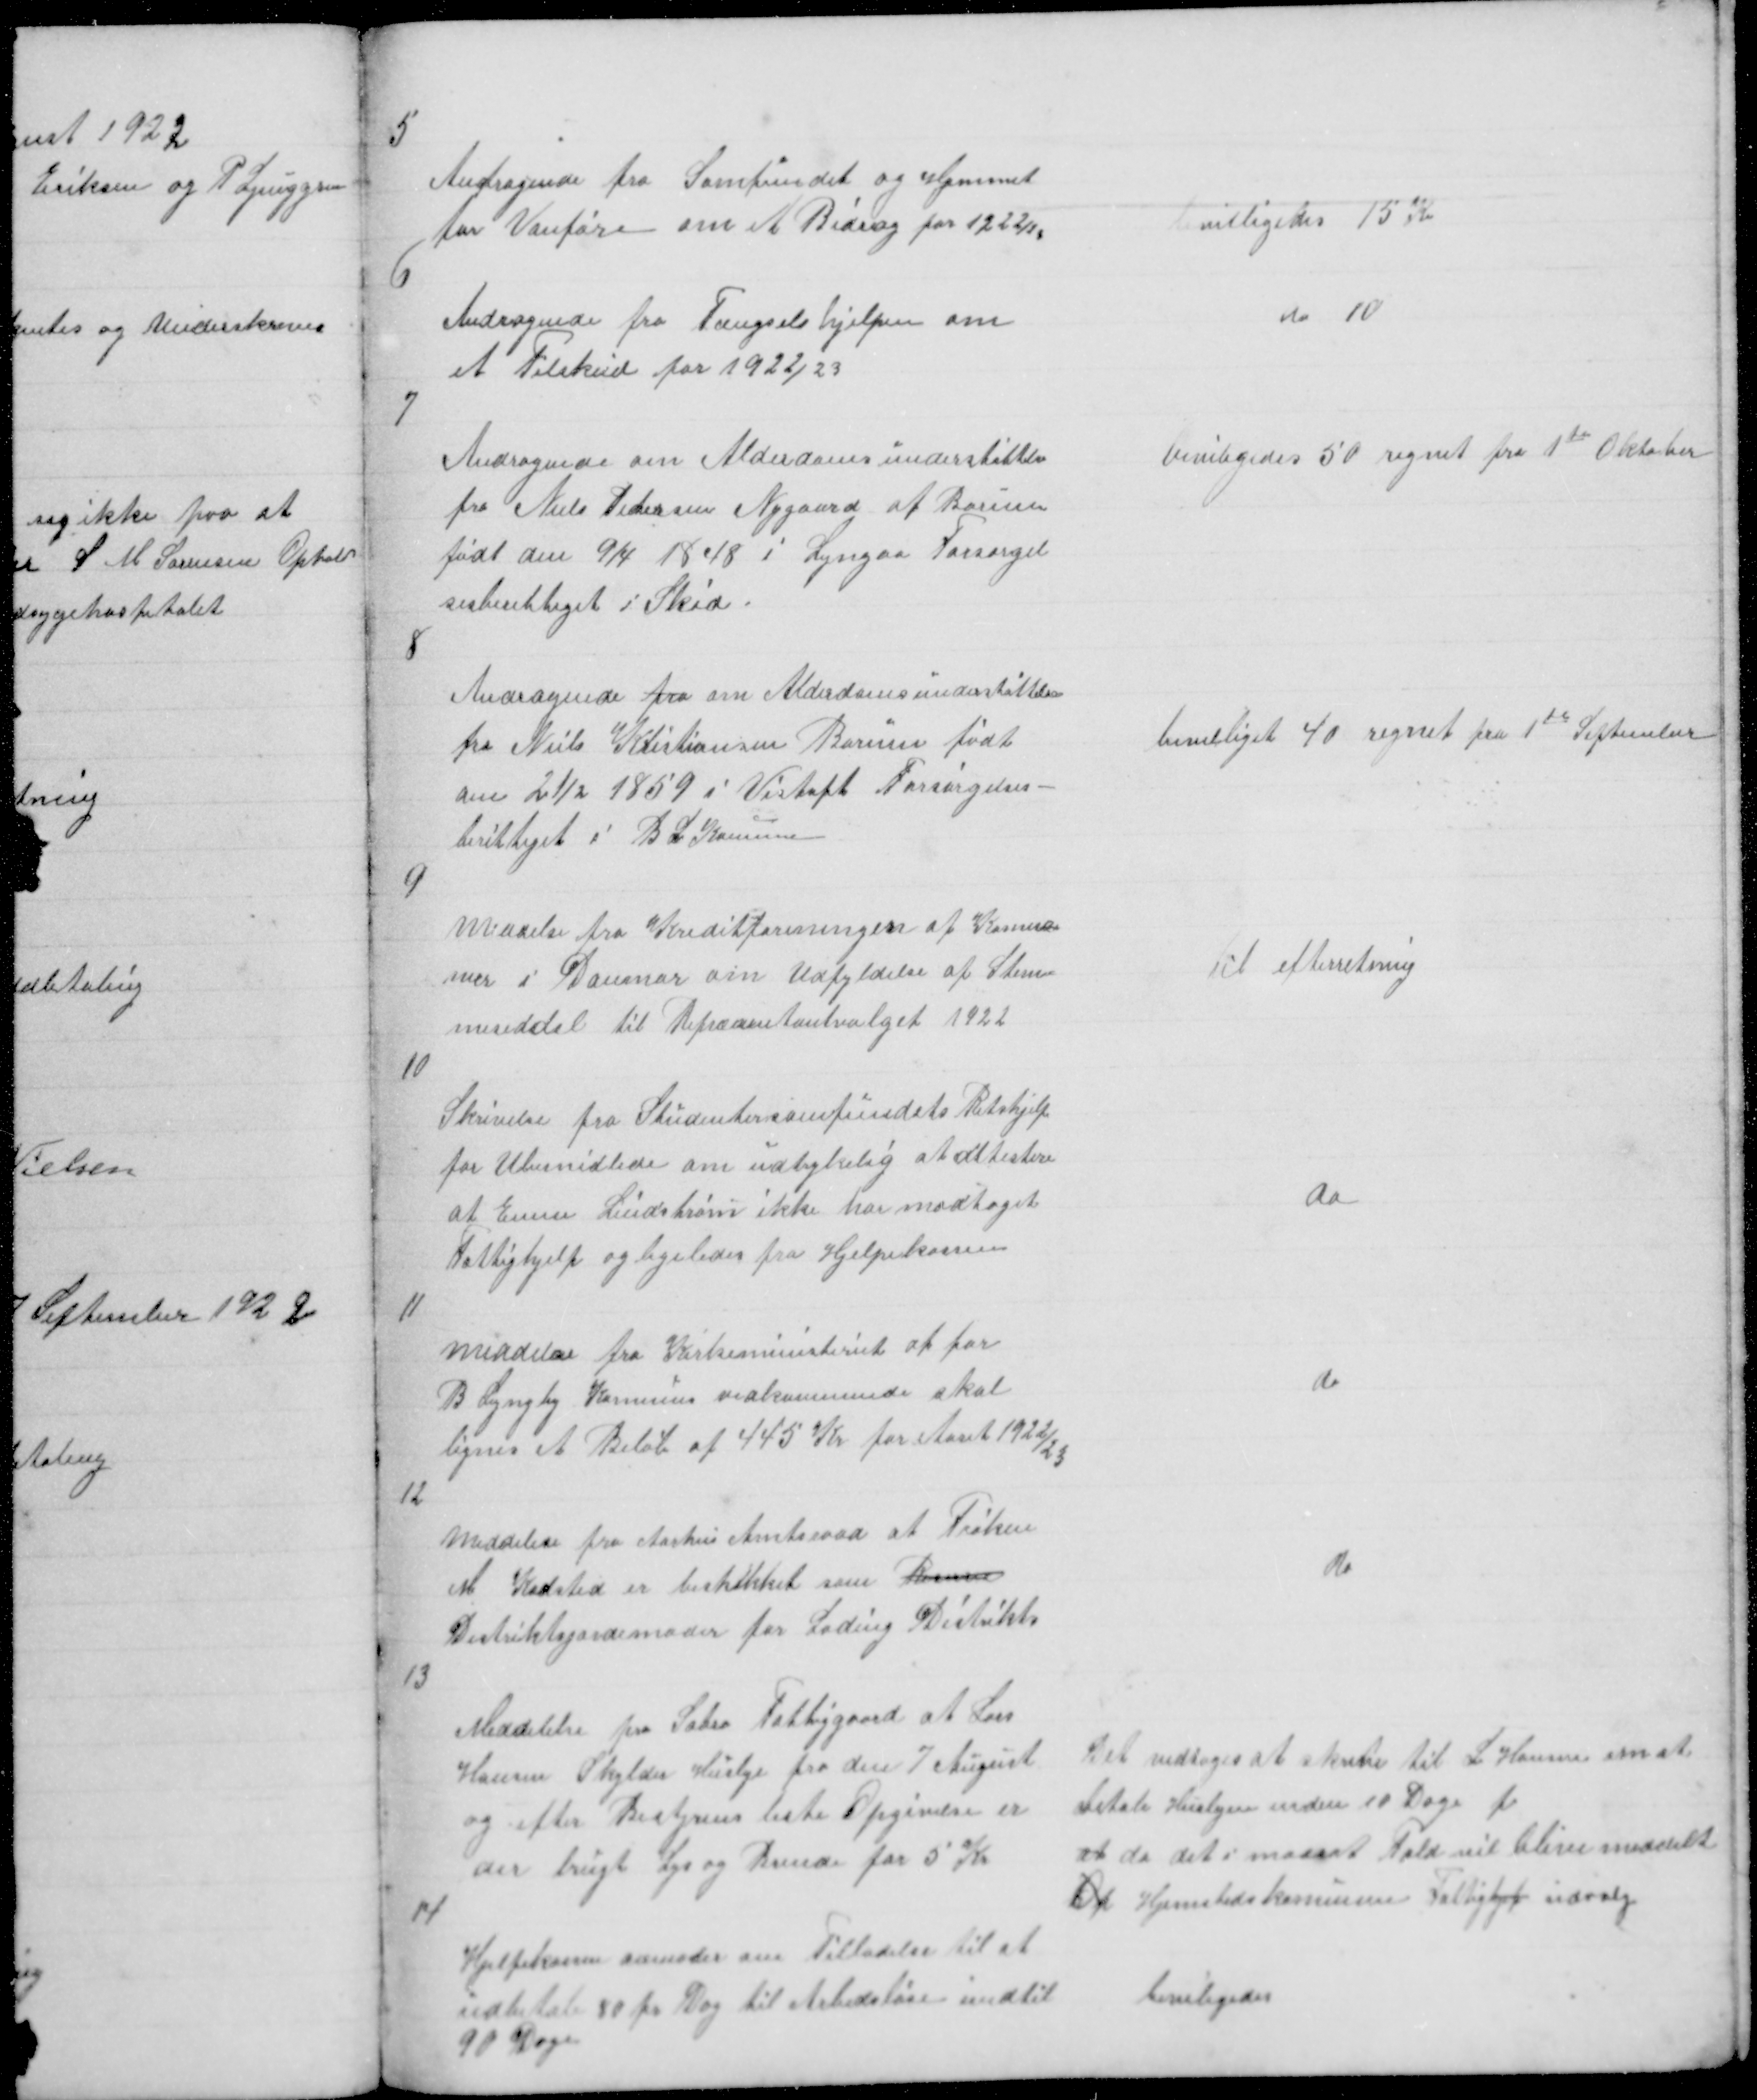
Transskription:
5

Andragende fra Samfundet og Hjemmet
for Vanføre om et Bidrag for 1922/23

Bevilligedes 15 Kr

6

Andragende fra Fængselshjelpen om
et Tilskud for 1922/23

do 10

7

Andragende om Alderdomsunderstøttelse
fra Niels Pedersen Nygaard af Borum
født den 9/4 1848 i Lyngaa Forsørgel
sesberettiget i Skød.

beviligedes 50  regnet fra 1te Oktober

8

Andragende fra om Alderdomsunderstøttelse
fra Niels Kristiansen Borum født
den 21/2 1859 i Vistoft Forsørgelses-
berettiget i B L Komune

bevilliget 40 regnet fra 1te September

9

Meddelse fra Kreditforeningen af Komu
ner i Danmar om Udfyldelse af Stem
meseddel til Repræsentantvalget 1922

Til efterretning

10

Skrivelse fra Studentersamfundets Retshjelp
for Ubemidlede om udtrykelig at attestere
at E Lindstrøm ikke har modtaget
Fattighjelp og ligeledes fra Hjelpekassen

do

11

meddelse fra Kirkeministeriet at for
B Lyngby Komunes vedkommende skal
lignes et Beløb af 445 Kr for Aaret 1922/23

do

12

Meddelese fra Aarhus Amtsraad at Frøken
M. Kadsted er beskikket som Barne
Distriktsjordemoder for Lading Distrikt

do

13

Meddelelse fra Sabro Fattiggaard at Lars
Hansen Skylder Husleje fra den 7 August
og efter Bestyrens liste Opgivelse er
der brugt Lys og Brende for 5 Kr

Det vedtoges at skrive til L Hansen om at
betale Huslejen inden 10 Dage f
at da det i modsat Fald vil blive meddelt
On Hjemstedskomunens Fattighj udvalg

14

Hjelpekassen anmoder om Tilladelse til at
udbetale 80 pr Dag til Arbedsløse indtil
90 Dage

beviligedes